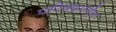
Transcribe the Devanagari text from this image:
परिषदांतील